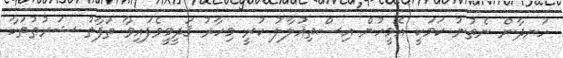
ހަނދާން ނެތުނު ކަމަކީ އެމީހުން އިސްތިޣުލާލު ކުރީ މިހާރު ޤަދީމީވެފައިވާ ތަފާތު ޝަރުޠުތަކާ